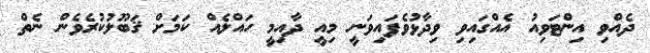
ދެއްވި އިންޓަވިއު އެއްގައިވި ވިދާޅުވެފައިވަނީ މިއީ ދާއިމީ ހައްލެއް ކަމަށް ޤަބޫލުކުރެވެން ނެތް